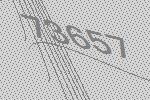
73657